Indian journal of veterinary science and animal husbandry - Volume 2,
Year: 1932
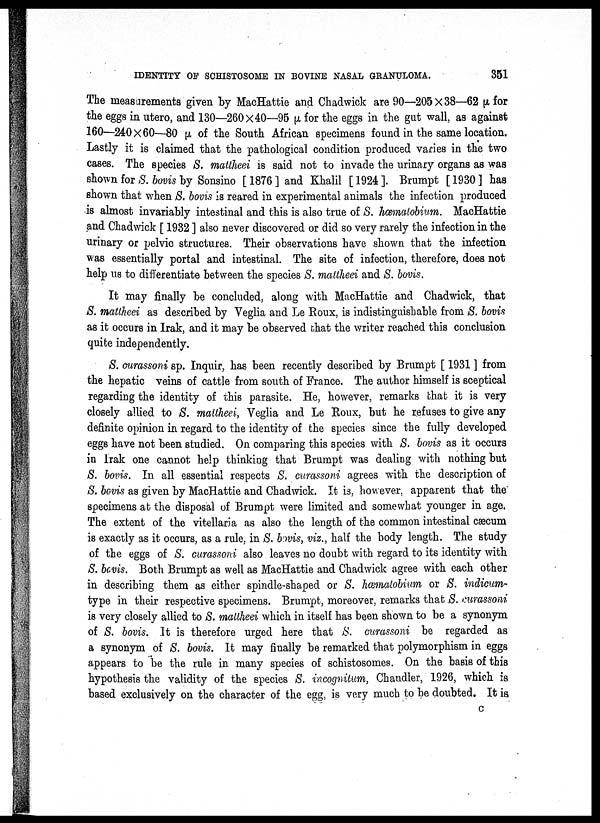
IDENTITY OF SCHISTOSOME IN BOVINE NASAL GRANULOMA.
351
The measurements given by MacHattie and Chadwick are 90—205×38—62 μ for
the eggs in utero, and 130—260×40—95 μ. for the eggs in the gut wall, as against
160—240×60—80 μ of the South African specimens found in the same location.
Lastly it is claimed that the pathological condition produced varies in the two
cases. The species S. mattheei is said not to invade the urinary organs as was
shown for S. bovis by Sonsino [ 1876 ] and Khalil [ 1924 ]. Brumpt [ 1930 ] has
shown that when S. bovis is reared in experimental animals the infection produced
is almost invariably intestinal and this is also true of S. hæmatobium. MacHattie
and Chadwick [ 1932 ] also never discovered or did so very rarely the infection in the
urinary or pelvic structures. Their observations have shown that the infection
was essentially portal and intestinal. The site of infection, therefore, does not
help us to differentiate between the species S. mattheei and S. bovis.
It may finally be concluded, along with MacHattie and Chadwick, that
S. mattheei as described by Veglia and Le Roux, is indistinguishable from S. bovis
as it occurs in Irak, and it may be observed that the writer reached this conclusion
quite independently.
S. curassoni sp. Inquir, has been recently described by Brumpt [ 1931 ] from
the hepatic veins of cattle from south of France. The author himself is sceptical
regarding the identity of this parasite. He, however, remarks that it is very
closely allied to S. mattheei, Veglia and Le Roux, but he refuses to give any
definite opinion in regard to the identity of the species since the fully developed
eggs have not been studied. On comparing this species with S. bovis as it occurs
in Irak one cannot help thinking that Brumpt was dealing with nothing but
S. bovis. In all essential respects S. curassoni agrees with the description of
S. bovis as given by MacHattie and Chadwick. It is, however, apparent that the
specimens at the disposal of Brumpt were limited and somewhat younger in age.
The extent of the vitellaria as also the length of the common intestinal cæcum
is exactly as it occurs, as a rule, in S. bovis, viz., half the body length. The study
of the eggs of S. curassoni also leaves no doubt with regard to its identity with
S. bovis. Both Brumpt as well as MacHattie and Chadwick agree with each other
in describing them as either spindle-shaped or S. hæmatobium or S. indicum¬
type in their respective specimens. Brumpt, moreover, remarks that S. curassoni
is very closely allied to S. mattheei which in itself has been shown to be a synonym
of S. bovis. It is therefore urged here that S. curassoni be regarded as
a synonym of S. bovis. It may finally be remarked that polymorphism in eggs
appears to be the rule in many species of schistosomes. On the basis of this
hypothesis the validity of the species S. incognitum, Chandler, 1926, which is
based exclusively on the character of the egg, is very much to be doubted. It is
C